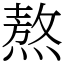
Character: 熬